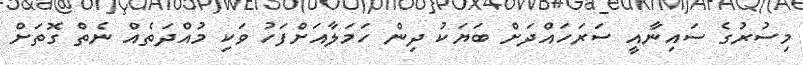
މިސުރުގެ ސައިނާއީ ސަރަހައްދަށް ބަޔަކު ދިން ހަމަލާއަށްފަހު ވަކި މުއްދަތެއް ނެތް ގޮތަށް